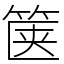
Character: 箧